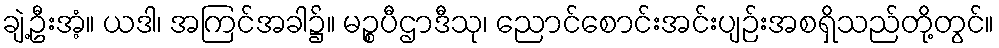
ချဲ့ဦးအံ့။ ယဒါ၊ အကြင်အခါ၌။ မဉ္စပီဌာဒီသု၊ ညောင်စောင်းအင်းပျဉ်းအစရှိသည်တို့တွင်။